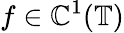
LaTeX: f\in\mathbb{C}^{1}(\mathbb{{T}})